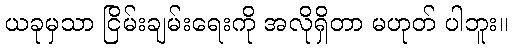
ယခုမှသာ ငြိမ်းချမ်းရေးကို အလိုရှိတာ မဟုတ် ပါဘူး။